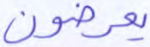
يعرضون